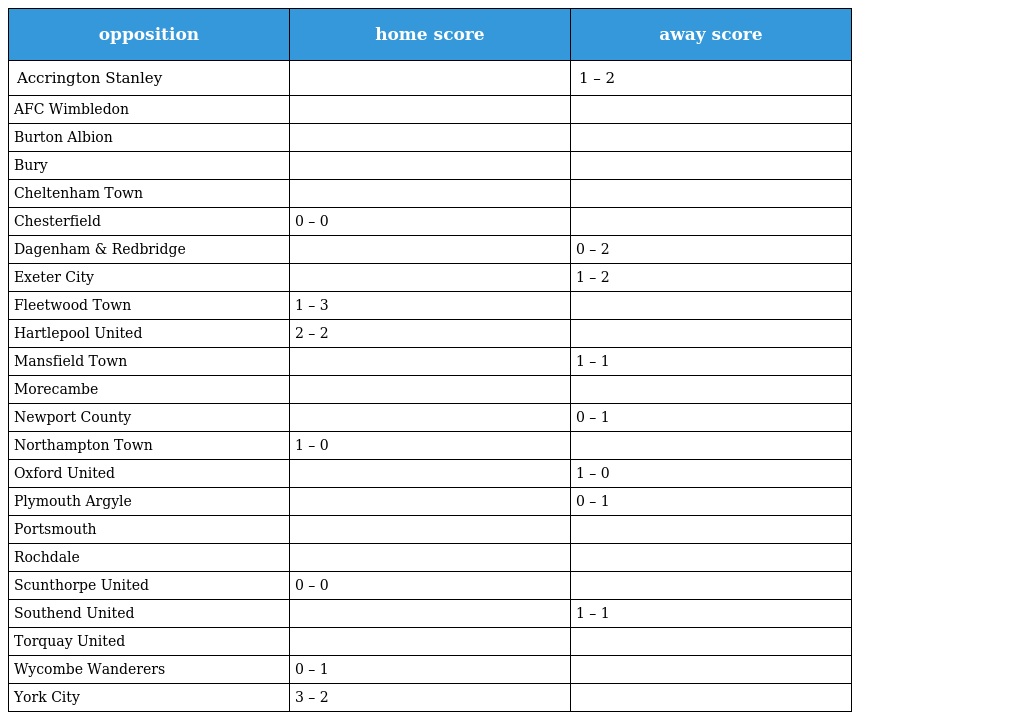
| opposition | home score | away score |
 | --- | --- | --- |
 | Accrington Stanley |  | 1 – 2 |
 | AFC Wimbledon |  |  |
 | Burton Albion |  |  |
 | Bury |  |  |
 | Cheltenham Town |  |  |
 | Chesterfield | 0 – 0 |  |
 | Dagenham & Redbridge |  | 0 – 2 |
 | Exeter City |  | 1 – 2 |
 | Fleetwood Town | 1 – 3 |  |
 | Hartlepool United | 2 – 2 |  |
 | Mansfield Town |  | 1 – 1 |
 | Morecambe |  |  |
 | Newport County |  | 0 – 1 |
 | Northampton Town | 1 – 0 |  |
 | Oxford United |  | 1 – 0 |
 | Plymouth Argyle |  | 0 – 1 |
 | Portsmouth |  |  |
 | Rochdale |  |  |
 | Scunthorpe United | 0 – 0 |  |
 | Southend United |  | 1 – 1 |
 | Torquay United |  |  |
 | Wycombe Wanderers | 0 – 1 |  |
 | York City | 3 – 2 |  |